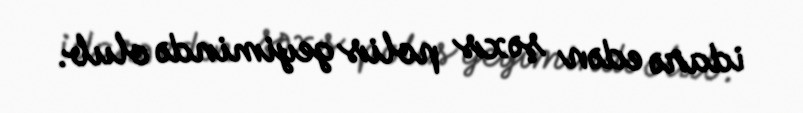
idarə edən şəxs polis geyimində olub.